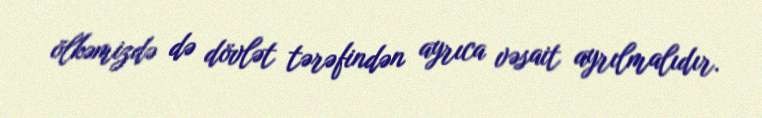
ölkəmizdə də dövlət tərəfindən ayrıca vəsait ayrılmalıdır.